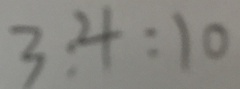
3 : 4 : 1 0